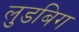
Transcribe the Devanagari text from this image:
लुडबिग